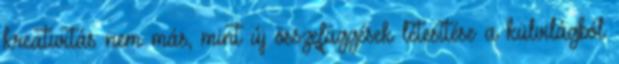
kreativitás nem más, mint új összefüggések létesítése a külvilágból